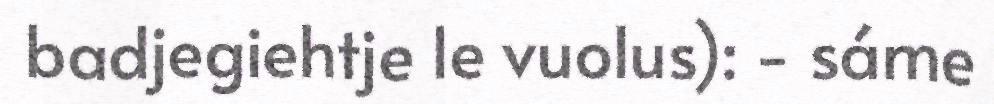
badjegiehtje le vuolus): - sáme